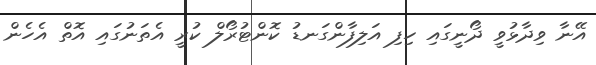
އޭނާ ވިދާޅުވީ ދޯނީގައި ހިފި އަލިފާންގަނޑު ކޮންޓުރޯލް ކުރީ އެތަނުގައި އޮތް އެހެން